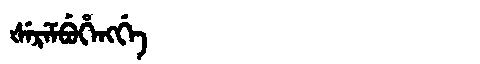
Manchu: ᡧᡝᡵᡝᠮᠪᡠᡥᡝᠩᡤᡝ
Romanization: ŠEREMBUHENGGE